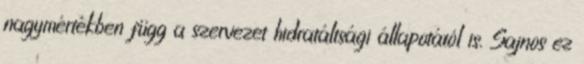
nagymértékben függ a szervezet hidratáltsági állapotától is. Sajnos ez